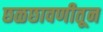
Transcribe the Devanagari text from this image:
छळछावणीतून